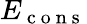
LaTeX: E_{\mathrm{~c~o~n~s~}}